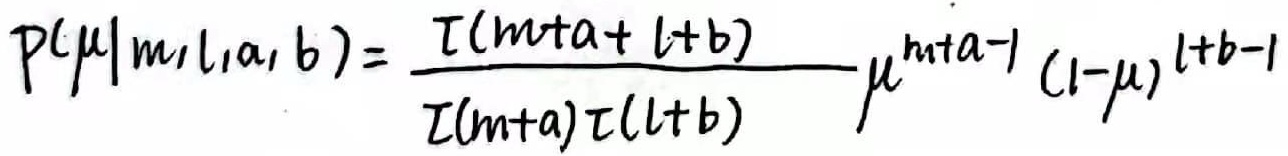
\[
P(\mu|m, l, a, b)=\frac{\Gamma(m + a + l + b)}{\Gamma(m + a)\Gamma(l + b)}\mu^{m + a - 1}(1 - \mu)^{l + b - 1}
\]